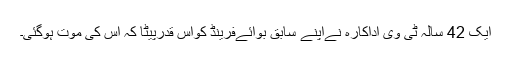
ایک 42 سالہ ٹی وی اداکارہ نےاپنے سابق بوائےفرینڈ کواس قدرپیٹا کہ اس کی موت ہوگئی۔